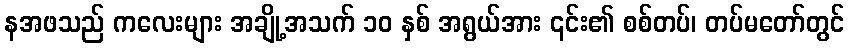
နအဖသည် ကလေးများ အချို့အသက် ၁၀ နှစ် အရွယ်အား ၎င်း၏ စစ်တပ်၊ တပ်မတော်တွင်